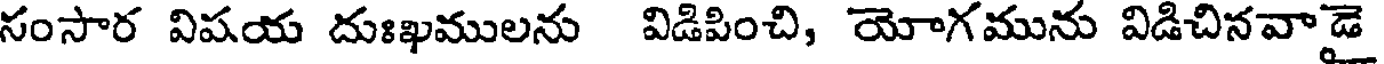
సంసార విషయ దుఃఖములను విడిపించి, యోగమును విడిచినవాడై